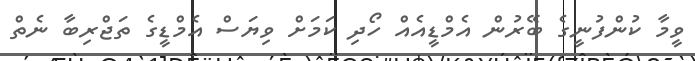
ވީމާ ކުންފުނީގެ ބޭރުން އެމްޑީއެއް ހޯދި ކަމަށް ވިޔަސް އެމްޑީގެ ތަޖްރިބާ ނެތް